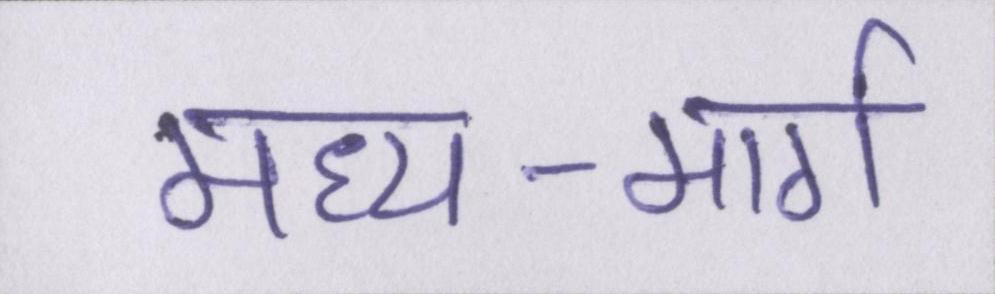
मध्य-मार्ग